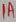
Text: 1A